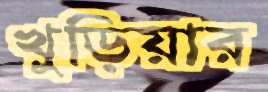
খুড়িয়ার